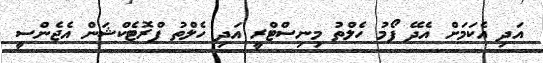
އަދި އެކަމަށް އެދޭ ފޯމު ހެލްތު މިނިސްޓްރީ އަދި ހެލްތު ޕްރޮޓެކްޝަން އެޖެންސީ